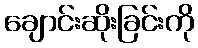
ချောင်းဆိုးခြင်းကို